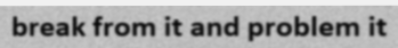
break from it and problem it